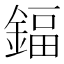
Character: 鍢